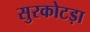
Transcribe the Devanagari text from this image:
सुरकोटड़ा